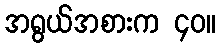
အရွယ်အစားက ၄၀။